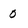
Character: 0